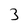
Character: 3